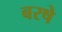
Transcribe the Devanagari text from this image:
बरषे